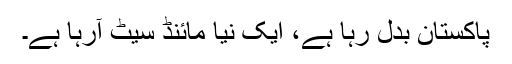
پاکستان بدل رہا ہے، ایک نیا مائنڈ سیٹ آرہا ہے۔